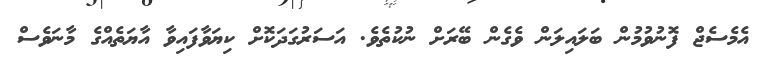
އެމެސެޖް ފޮނުވުމުން ބަލައިލަން ވެގެން ބޭރަށް ނުކުތެވެ. އަސަރުގަދަކޮށް ކިޔަވާފައިވާ އާޔަތެއްގެ މާނަވެސް